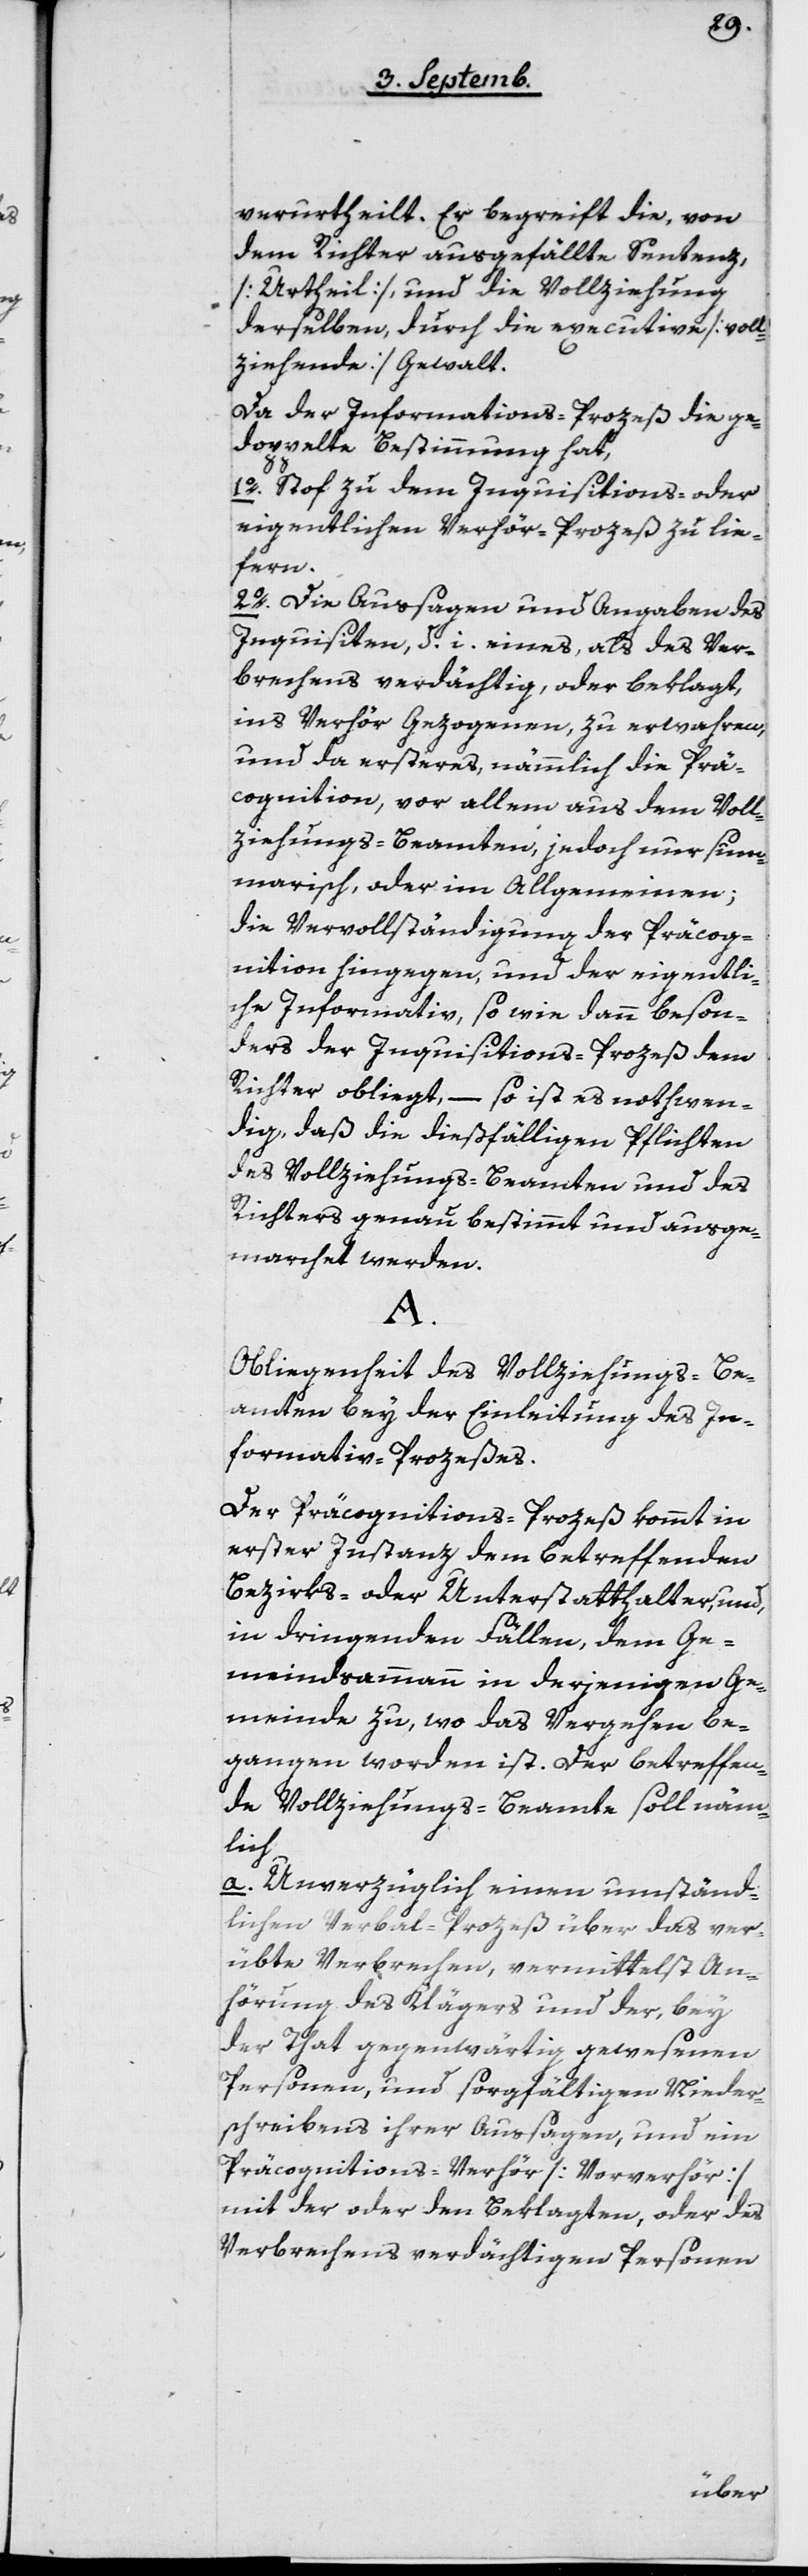
verurtheilt. Er begreift die, von
dem Richter ausgefällte Sentenz
[Urtheil] und die Vollziehung
derselben, durch die executive [voll¬
ziehende] Gewalt.
Da der Informations-Prozeß die ge¬
doppelte Bestimmung hat,
1o Stof zu dem Inquisitions- oder
eigentlichen Verhör-Prozeß zu lie¬
fern.
2o Die Aussagen und Angaben des
Inquisiten, d. i. eines, als des Ver¬
brechens verdächtig, oder beklagt,
ins Verhör Gezogenen, zu erwahren,
und da ersteres, nämmlich die Prä¬
cognition, vor allem aus dem Voll¬
ziehungs-Beamten, jedoch nur sum¬
marisch oder im Allgemeinen;
die Vervollständigung der Präcog¬
nition hingegen, und der eigentli¬
che Informativ, so wie dann beson¬
ders der Inquisitions-Prozeß dem
Richter obliegt, – so ist es nothwen¬
dig, daß die dießfälligen Pflichten
des Vollziehungs-Beamten und des
Richters genau bestimmt und ausge¬
marchet werden.
A.
Obliegenheit des Vollziehungs-Be¬
amten bey der Einleitung des In¬
formativ-Prozeßes.
Der Präcognitions-Prozeß kommt in
erster Instanz dem betreffenden
Bezirks- oder Unterstatthalter, und,
in dringenden Fällen, dem Ge¬
meindsammann in derjenigen Ge¬
meinde zu, wo das Vergehen be¬
gangen worden ist. Der betreffen¬
de Vollziehungs-Beamte soll näm¬
lich
a. unverzüglich einen umständ¬
lichen Verbal-Prozeß über das ver¬
übte Verbrechen , vermittelst An¬
hörung des Klägers und der, bey
der That gegenwärtig gewesenen
Personen, und sorgfältigen Nieder¬
schreibens ihrer Aussagen, und ein
Präcognitions-Verhör [Vorverhör]
mit der oder den Beklagten, oder des
Verbrechens verdächtigten Personen